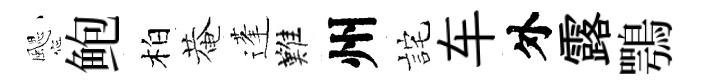
颸鲍柏菴蓬難州詫车外露鶚